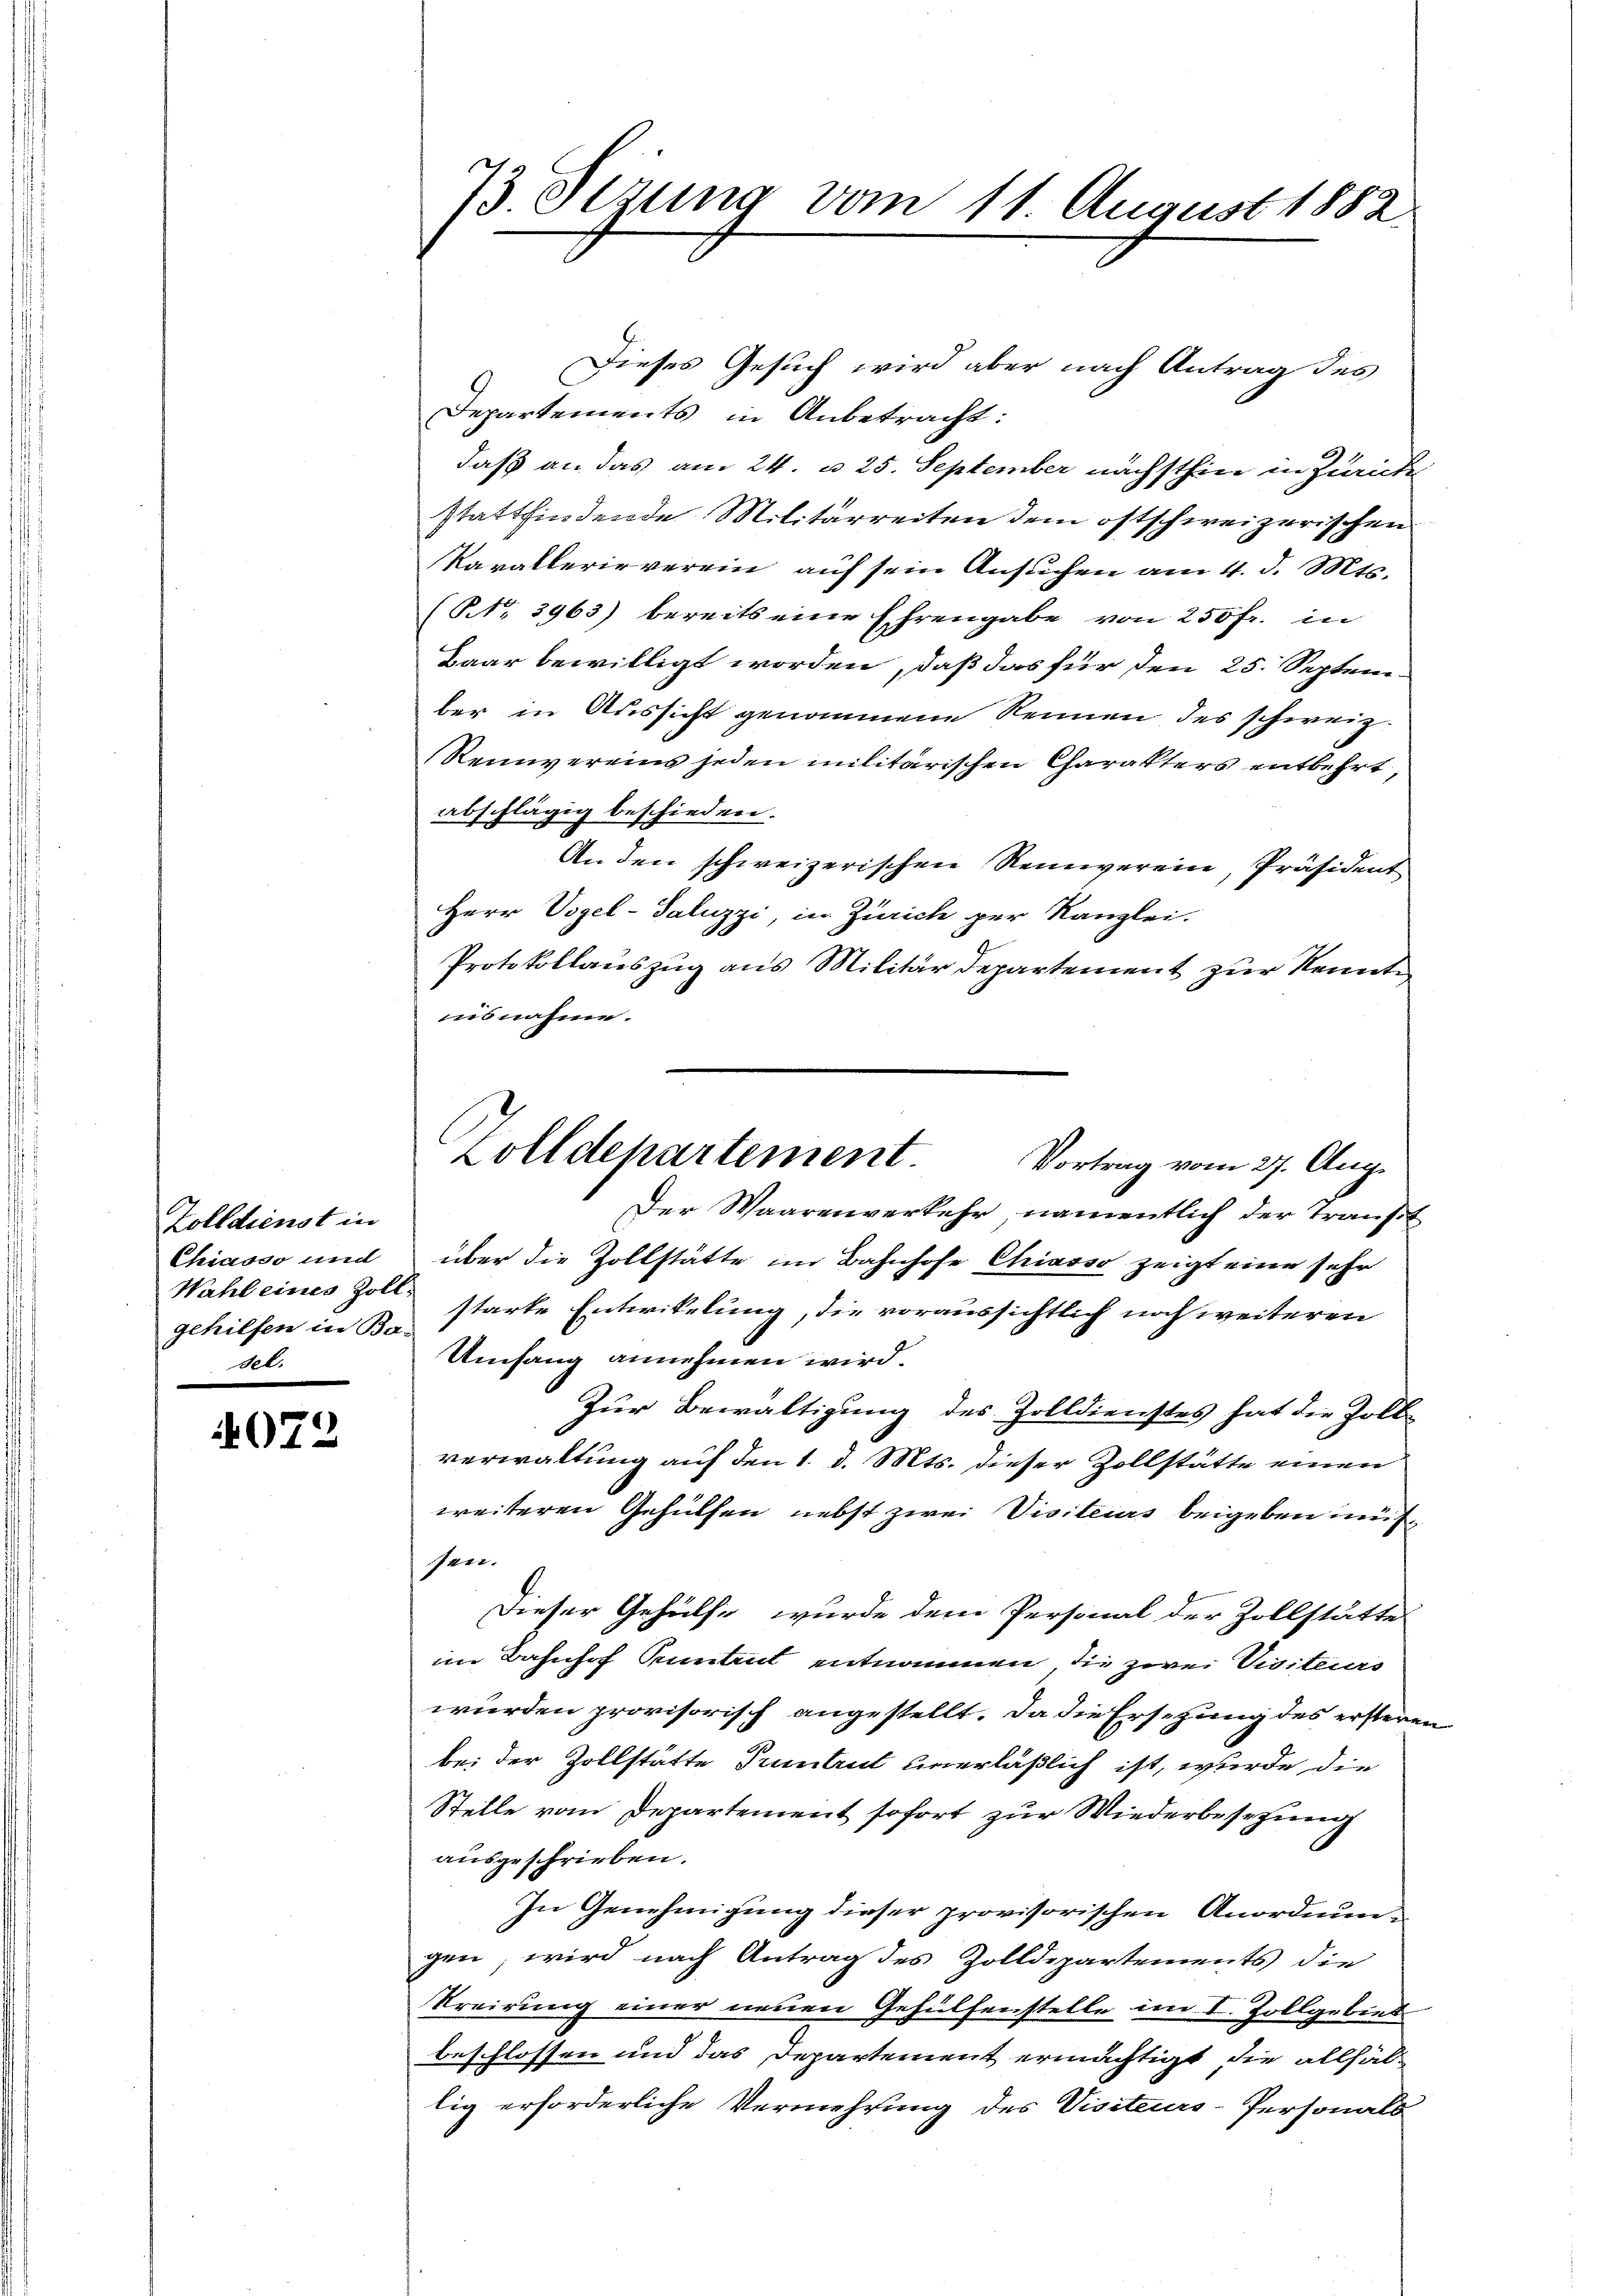
Zolldienst in
Chiasso und
Wahl eines Zoll-
gehilfen in Ba-
sel.

072

73 Sezung vom 11. August 1882.

Zolldepartement

Dieses Gesuch wird aber nach Antrag des
Departements in Anbetracht:
daß an das am 24. u. 25. September nächsthin in Zürche
stattfindende Militärreiten dem ostschweizerischen
Kavallerieverein auf sein Ansuchen am 4. d. Mts.
(NNo. 3963) bereits eine Ehrengabe von 250 fr. in
Baar bewilligt worden, daß das für den 25. Septem
ber in Aussicht genommene Rennen des schweiz.
Reinvereins jeden militärischen Charakters entbehrt,
abschlägig beschieden.
An den schweizerischen Reinverein, Präsident
Herr Vogel-Saluzzi, in Zürich per Kanzlei.
Protokollauszug aus Militär Departement zur Kennte
usnahme.
Vortrag vom 27. Aug.
Der Waarenverkehr, namentlich der Transt
über die Zollstätte im Bahnhofe Chiasso zeigt eine sehr
starte Entwikelung, die voraussichtlich noch weiteren
Umfang annehmen wird.
Zur Bewaltigung des Zolldienstes hat die Zollverwaltung auf den 1. d. Mts. dieser Zollstätte einen
weiteren Gehülfen nebst zwei Visiteurs beigeben müsser.
Dieser Gehülfe wurde dem Personal der Zollstätte
im Bahnhof Pruntrut entnommen, die zwei Visiteurs
wurden provisorisch angestellt. Da die Ersetzung des ersteren
bei der Zollstätte Pruntrut unerläßlich ist, wurde die
Stelle vom Departement sofort zur Wiederbesezung
ausgeschrieben.
In Genehmigung dieser provisorischen Anordnungen, wird nach Antrag des Zolldepartements die
Krairung einer neuen Gehülfenstelle im I. Zollgebiet
beschlossen und das Departement ermächtigt, die allfällig erforderliche Vermehrung des Visiteurs-Personals